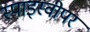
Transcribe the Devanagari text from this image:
स्पाइस्वीपर